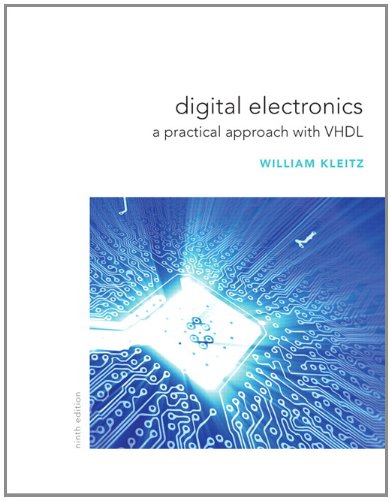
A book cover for Digital Electronics: A Practical Approach with VHDL (9th Edition); William Kleitz; Business & Money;